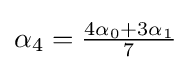
{\textstyle \alpha _{4}={{4\alpha _{0}+3\alpha _{1}} \over 7}}